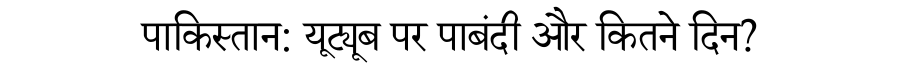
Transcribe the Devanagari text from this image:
पाकिस्तान: यूट्यूब पर पाबंदी और कितने दिन?